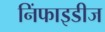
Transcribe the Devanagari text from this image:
निंफाइडीज